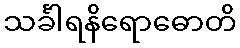
သင်္ခါရနိရောဓောတိ